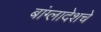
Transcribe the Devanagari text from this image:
बांग्लादेशचे